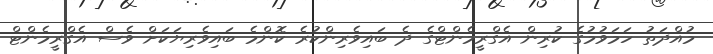
މުއްދަތު ހަމަވުމުގެ ކުރިން އެގްރީމެންޓްގެ ދެ ބައިވެރިންކުރެ ކޮންމެ ބައިވެރިޔަކަށް ވެސް އެގްރީމެންޓް